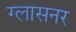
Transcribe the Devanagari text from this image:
ग्लासनर